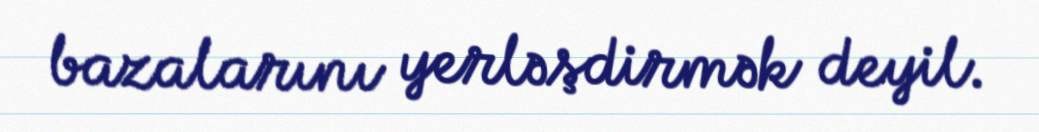
bazalarını yerləşdirmək deyil.